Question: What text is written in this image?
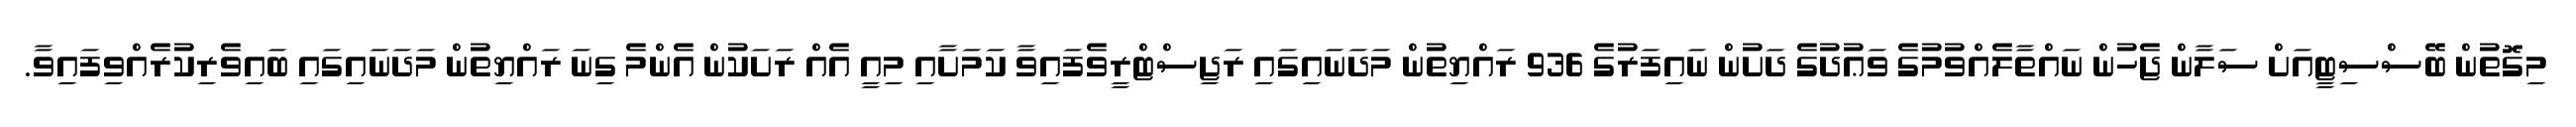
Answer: މިގޮތުން ބޭސްސިޓީއަށް ސަލާން ޖެހުން ނައްތާލެއްވުމުގެ ވަޢުދުގެ ދަށުން ނައިފަރުގެ 936 ރައްޔިތުން މަދަނައިގައި ރަޖިސްޓްރީވެފައިވާ ކަމަށާއި މިއީ އެއް ރަށަކުން އެންމެ ގިނަ ރައްޔިތުން މަދަނައިގައި ބައިވެރިކުރެއްވިފައިވާ.